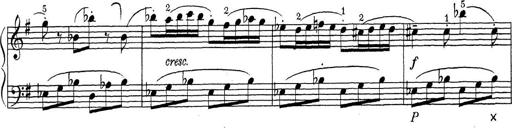
Title: ÄŒeskÃ© Sonatiny
Composer: Various